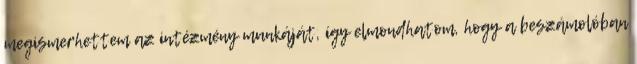
megismerhettem az intézmény munkáját, így elmondhatom, hogy a beszámolóban